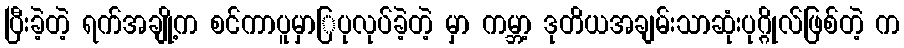
ပြီးခဲ့တဲ့ ရက်အချို့က စင်ကာပူမှာြပုလုပ်ခဲ့တဲ့ မှာ ကမ္ဘာ့ ဒုတိယအချမ်းသာဆုံးပုဂ္ဂိုလ်ဖြစ်တဲ့ က